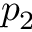
p _ { 2 }